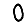
Digit: 0